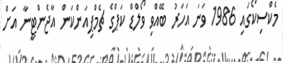
މެކްސިކޯގައި 1986 ވަނަ އަހަރު ބޭއްވި ވޯލްޑް ކަޕްގެ ޗެމްޕިއަންކަން އާޖެންޓީނާ އަށް